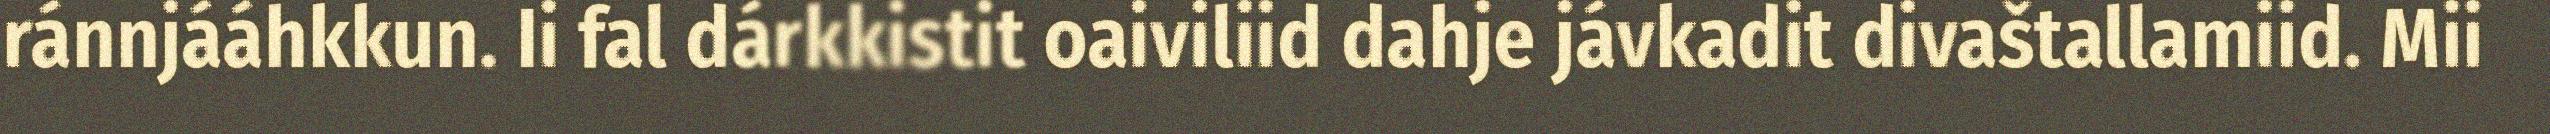
ránnjááhkkun. Ii fal dárkkistit oaiviliid dahje jávkadit divaštallamiid. Mii